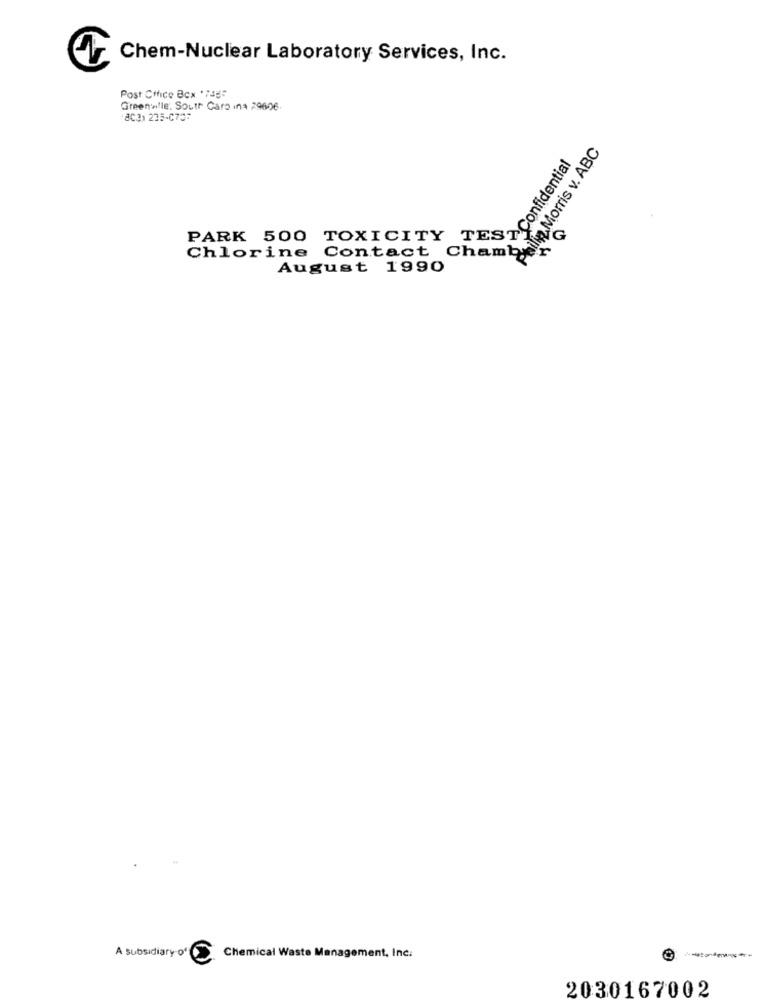
Chem-Nuclear Laboratory Services, Inc.
Post Cifice Box '7455
Greenw!le: South Caro ina 29606.
8C31 225-0707
Philip Morris v. ABC
Confidential
PARK 500 TOXICITY
G
Chlorine Contact Chambre
August 1990
A subsidiary of
Chemical Waste Management, Inc.
2030167002